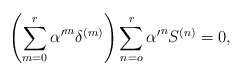
\begin{align*}{ \left( \sum_{m=0}^r {\alpha'}^m \delta^{(m)} \right) \sum_{n=o}^r{\alpha'}^n S^{(n)} = 0 ,}\end{align*}